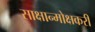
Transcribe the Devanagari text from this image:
साक्षान्मोक्षकरी